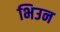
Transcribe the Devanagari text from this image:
भिउन